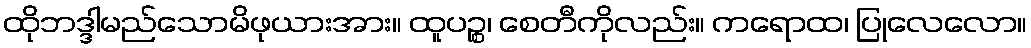
ထိုဘဒ္ဒါမည်သောမိဖုယားအား။ ထူပဉ္စ၊ စေတီကိုလည်း။ ကရောထ၊ ပြုလေလော။